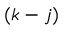
( k - j )